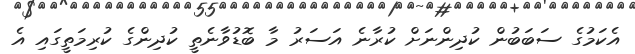
އެކަމުގެ ސަބަބުން ކުދިންނަށް ކުރާނެ އަސަރު މާ ބޮޑުވާނެތީ ކުދިންގެ ކުރިމަތީގައި އެ